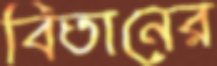
বিতানের